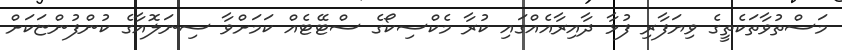
މަސްތުވާތަކެތީގެ ވިޔަފާރި ފުޅާ ދާއިރާއެއްގައި ކުރާ މެކްސިކޯގެ ސްޓޭޓެއް ކަމަށްވާ ސިނަލޮއާގެ ކުންފުންޏަކަށް